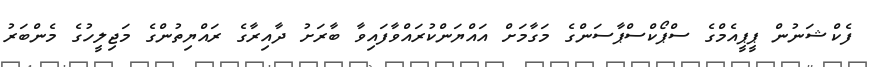
ފެކްޝަނުން ޕީޕީއެމްގެ ސްޕޯކްސްޕާސަންގެ މަގާމަށް އައްޔަންކުރައްވާފައިވާ ބާރަށު ދާއިރާގެ ރައްޔިތުންގެ މަޖިލީހުގެ މެންބަރު